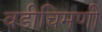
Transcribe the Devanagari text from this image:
वडीचिमणी